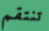
تنتقم